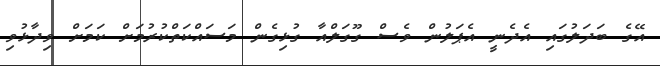
އޭގެ ބަދަލުގައި އެދެނީ އެޕަލުން ވެސް ގޫގަލްއާ ގުޅިގެން މަސައްކަތްކުރުމަށް ކަމަށް ވިދާޅުވި